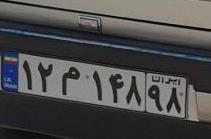
۱۲م۱۴۸۹۸